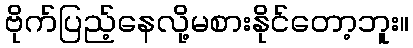
ဗိုက်ပြည့်နေလို့မစားနိုင်တော့ဘူး။